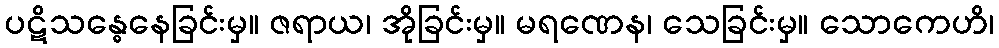
ပဋိသန္ဓေနေခြင်းမှ။ ဇရာယ၊ အိုခြင်းမှ။ မရဏေန၊ သေခြင်းမှ။ သောကေဟိ၊